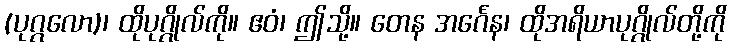
(ပုဂ္ဂလော)၊ ထိုပုဂ္ဂိုလ်ကို။ ဧဝံ၊ ဤသို့။ တေန အင်္ဂေန၊ ထိုအရိယာပုဂ္ဂိုလ်တို့ကို